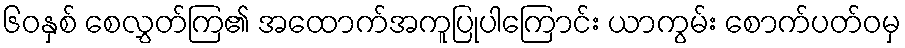
၆၀နှစ် စေလွှတ်ကြ၏ အထောက်အကူပြုပါကြောင်း ယာကွမ်း စောက်ပတ်ဝမှ